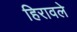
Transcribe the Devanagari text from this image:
हिरावले